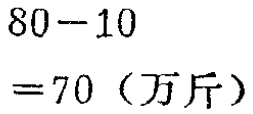
\[

\begin{align*}

&80 - 10\\

=&70 \text{（万斤）}

\end{align*}

\]